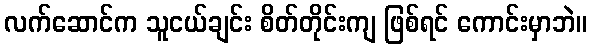
လက်ဆောင်က သူငယ်ချင်း စိတ်တိုင်းကျ ဖြစ်ရင် ကောင်းမှာဘဲ။